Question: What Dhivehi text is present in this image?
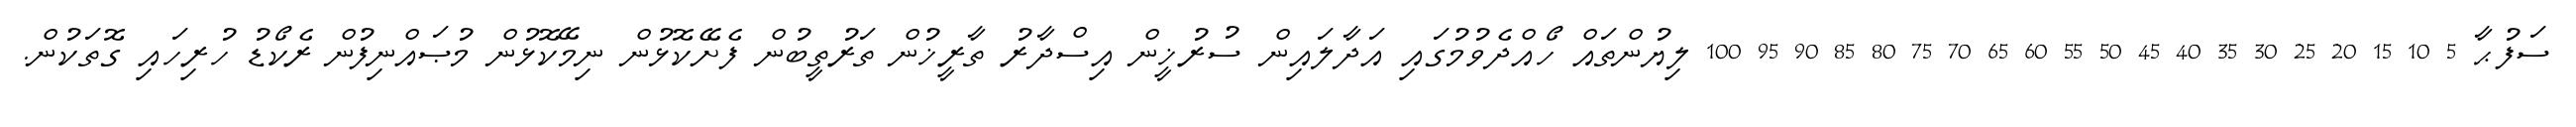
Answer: ސަފުޙާ 5 10 15 20 25 30 35 40 45 50 55 60 65 70 75 80 85 90 95 100 ލިޔުންތައް ހޯއްދެވުމުގައި އަދާލައިން ސުރުޚީން އިސްދާރު ތާރީޚުން ތަރުތީބުން ފެށޭކޮޅުން ނިމޭކޮޅުން މުޞައްނިފުން ރެކޯޑު ހުރިހައި ގޮތަކުން.